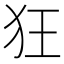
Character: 狂